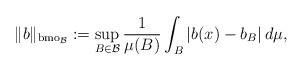
LaTeX: \begin{align*}\|b\|_{{\rm bmo}_{\mathcal{B}}}:=\sup_{B\in\mathcal{B}}\frac{1}{\mu(B)}\int_B |b(x)-b_B|\,d\mu, \end{align*}